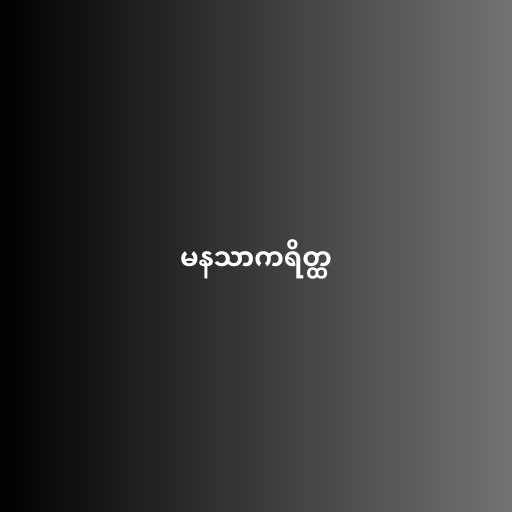
မနသာကရိတ္ထ